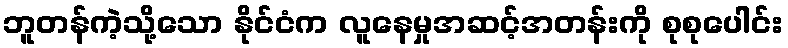
ဘူတန်ကဲ့သို့သော နိုင်ငံက လူနေမှုအဆင့်အတန်းကို စုစုပေါင်း